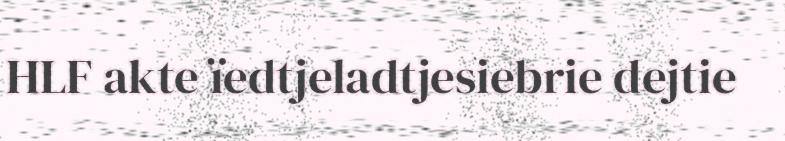
HLF akte ïedtjeladtjesiebrie dejtie